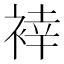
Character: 𲀴